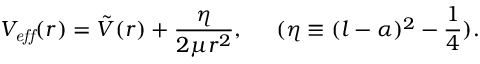
V _ { \it e f f } ( r ) = \tilde { V } ( r ) + \frac { \eta } { 2 \mu r ^ { 2 } } , \; \; \; \; \; ( \eta \equiv ( l - \alpha ) ^ { 2 } - \frac { 1 } { 4 } ) .